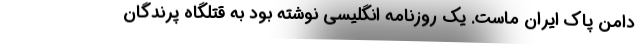
دامن پاك ايران ماست. يك روزنامه انگليسي نوشته بود به قتلگاه پرندگان